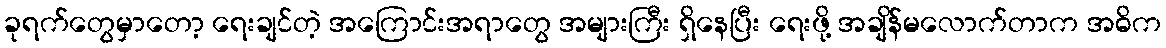
ခုရက်တွေမှာတော့ ရေးချင်တဲ့ အကြောင်းအရာတွေ အများကြီး ရှိနေပြီး ရေးဖို့ အချိန်မလောက်တာက အဓိက